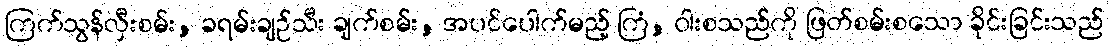
ကြက်သွန်လှီးစမ်း, ခရမ်းချဉ်သီး ချက်စမ်း, အပင်ပေါက်မည့် ကြံ, ဝါးစသည်ကို ဖြတ်စမ်းစသော ခိုင်းခြင်းသည်